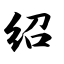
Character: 绍